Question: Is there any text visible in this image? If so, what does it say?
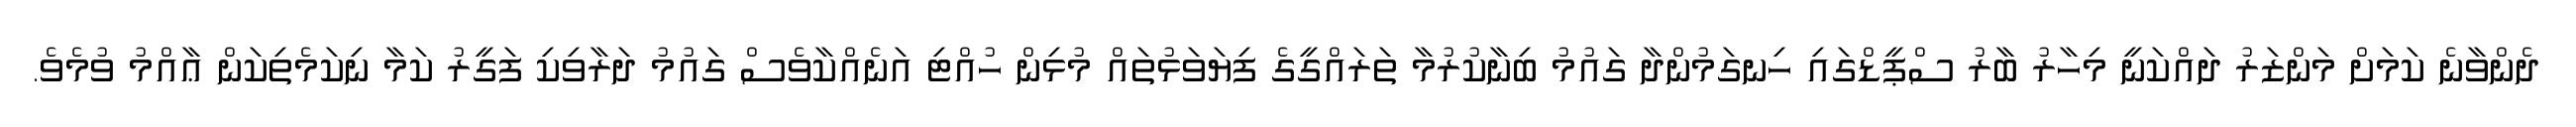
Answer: ދެންވާނެ ކަމަށް މަންޒަރު ދައްކަނީ މިހާރު ބާރު ސްޕީޑްގައި ހިނގަމުންދާ ގައުމު ބިނާކުރުމާ ތަރައްގީގެ ފިޔަވަޅުތައް މުޅިން ހުއްޓި އަނެއްކާވެސް ގައުމު ދަރާވިކި ފަގީރު ކަމާ ނިކަމެތިކަން ޢާއްމު ވުމެވެ.